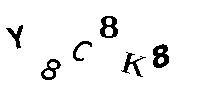
Y8C8K8